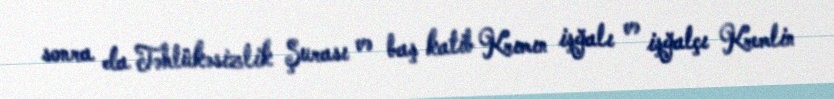
sonra da Təhlükəsizlik Şurası və baş katib Krımın işğalı və işğalçı Kremlin